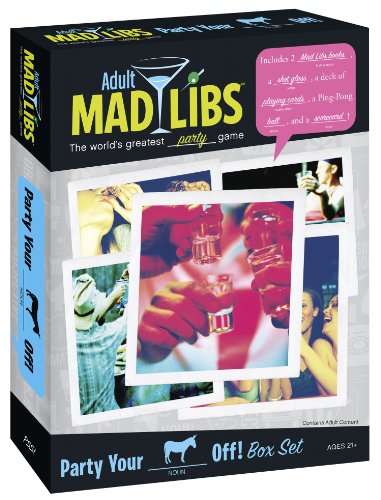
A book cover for Party Your (Blank) Off Box Set (Adult Mad Libs); Walter Burns; Humor & Entertainment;